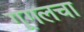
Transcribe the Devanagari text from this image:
गूगलचा